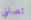
تصلني